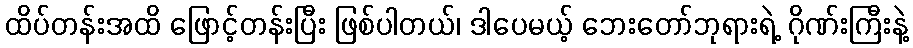
ထိပ်တန်းအထိ ဖြောင့်တန်းပြီး ဖြစ်ပါတယ်၊ ဒါပေမယ့် ဘေးတော်ဘုရားရဲ့ ဂိုဏ်းကြီးနဲ့